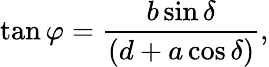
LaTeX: \tan\varphi=\frac{b\sin\delta}{(d+a\cos\delta)},